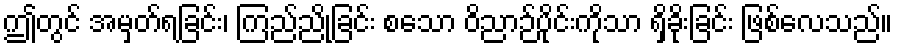
ဤတွင် အမှတ်ရခြင်း၊ ကြည်ညိုခြင်း စသော ဝိညာဉ်ပိုင်းကိုသာ ရှိခိုးခြင်း ဖြစ်လေသည်။